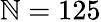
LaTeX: \mathbb{N}=125